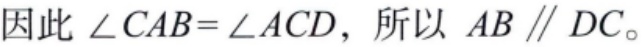
因此 $\angle CAB=\angle ACD$，所以 $AB \parallel DC$。